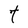
Character: t